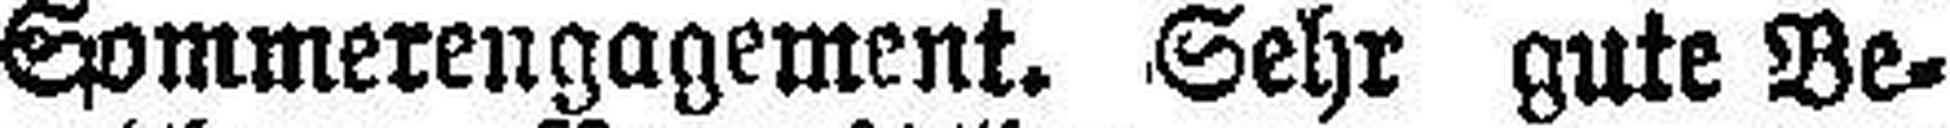
Sommerengagement. Sehr gute Be¬